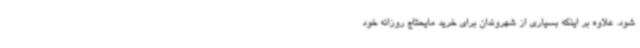
شود. علاوه بر اینکه بسیاری از شهروندان برای خرید مایحتاج روزانه خود